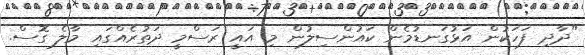
"ދާދި ފަހަކުން އަޅުގަނޑުމެން ކައުންސިލުން މި އައީ ރަސްމީ ދަތުރެއްގައި މާލެ ގޮސް.